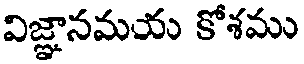
విజ్ఞానమయ కోశము